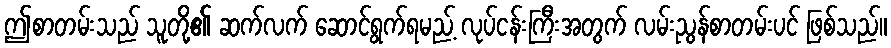
ဤစာတမ်းသည် သူတို့၏ ဆက်လက် ဆောင်ရွက်ရမည့် လုပ်ငန်းကြီးအတွက် လမ်းညွန်စာတမ်းပင် ဖြစ်သည်။